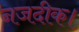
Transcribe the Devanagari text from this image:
नजदीक।